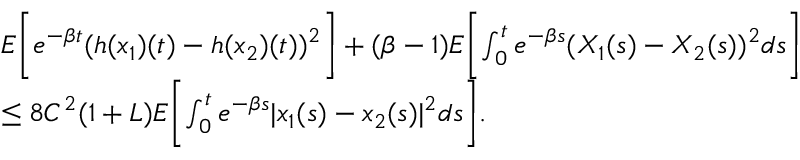
\begin{array} { r l } & { E \biggl [ e ^ { - \beta t } ( h ( x _ { 1 } ) ( t ) - h ( x _ { 2 } ) ( t ) ) ^ { 2 } \biggr ] + ( \beta - 1 ) E \biggl [ \int _ { 0 } ^ { t } e ^ { - \beta s } ( X _ { 1 } ( s ) - X _ { 2 } ( s ) ) ^ { 2 } d s \biggr ] } \\ & { \leq 8 C ^ { 2 } ( 1 + L ) E \biggl [ \int _ { 0 } ^ { t } e ^ { - \beta s } | x _ { 1 } ( s ) - x _ { 2 } ( s ) | ^ { 2 } d s \biggr ] . } \end{array}